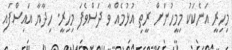
މިހިރީ އަނެކަކު މިމީހުނަށް ރީތި އުޅުމެއް ވާ ދަސްވެފަ މިހިރީ. ހިދާޔާ އައިސްފައި